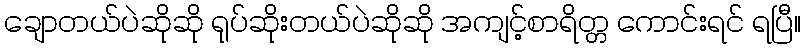
ချောတယ်ပဲဆိုဆို ရုပ်ဆိုးတယ်ပဲဆိုဆို အကျင့်စာရိတ္တ ကောင်းရင် ရပြီ။